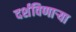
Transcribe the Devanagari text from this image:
दर्शविणाऱ्या